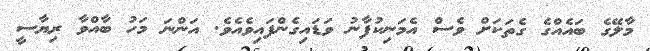
މާލޭގެ ބައެއްގެ ގެތަކަށް ވެސް އެމަނިކުފާނު ވަޑައިގެންފައިވެއެވެ. އަންނަ މަހު ބާއްވާ ރިޔާސީ